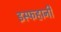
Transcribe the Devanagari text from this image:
इस्फहानी